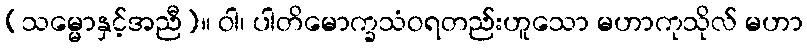
(သမ္မောနှင့်အညီ)။ ဝါ၊ ပါတိမောက္ခသံဝရတည်းဟူသော မဟာကုသိုလ် မဟာ